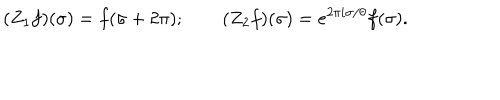
LaTeX: ( Z _ { 1 } f ) ( \sigma ) = f ( \sigma + 2 \pi ) ; \qquad ( Z _ { 2 } f ) ( \sigma ) = e ^ { 2 \pi i \sigma / \theta } f ( \sigma ) .